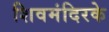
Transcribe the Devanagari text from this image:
शिवमंदिरके